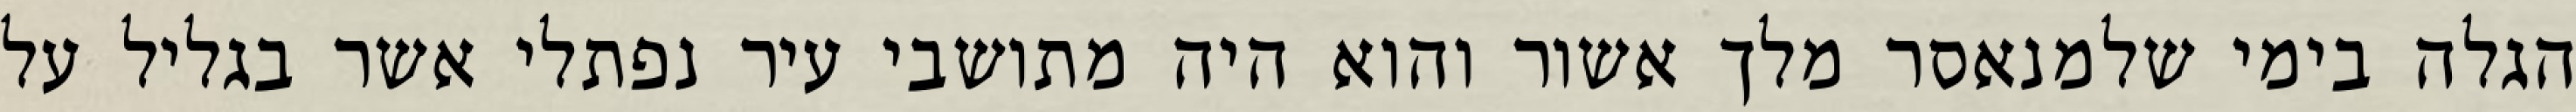
הגלה בימי שלמנאסר מלך אשור והוא היה מתושבי עיר נפתלי אשר בגליל על